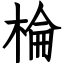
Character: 棆